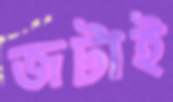
জটাই